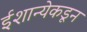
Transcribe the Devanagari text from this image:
ईशान्येकडून